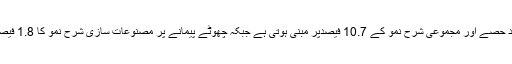
خیال رہے کہ مینوفیکچرنگ کا 80 فیصد حصے اور مجموعی شرح نمو کے 10.7 فیصدپر مبنی ہوتی ہے جبکہ چھوٹے پیمانے پر مصنوعات سازی شرح نمو کا 1.8 فیصد اور مینوفیکچرنگ کا 13.7 فیصد ہے۔